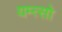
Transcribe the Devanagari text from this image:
यम्त्सो